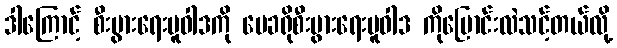
ဒါကြောင့် စီးပွားရေးမူဝါဒကို မေခရိုစီးပွားရေးမူဝါဒ ကိုပြောင်းလဲသင့်တယ်လို့